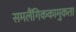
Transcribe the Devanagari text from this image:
समलैंगिककामुकता